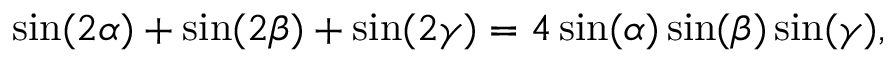
\sin ( 2 \alpha ) + \sin ( 2 \beta ) + \sin ( 2 \gamma ) = 4 \sin ( \alpha ) \sin ( \beta ) \sin ( \gamma ) ,